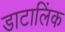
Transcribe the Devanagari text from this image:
डाटालिंक